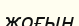
жоғын